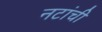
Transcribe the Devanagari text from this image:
नटांची